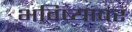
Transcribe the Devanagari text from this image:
भविष्यावर